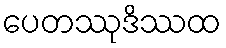
ပေတဿုဒိဿထ